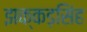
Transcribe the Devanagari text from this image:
झक्कड़सिंह